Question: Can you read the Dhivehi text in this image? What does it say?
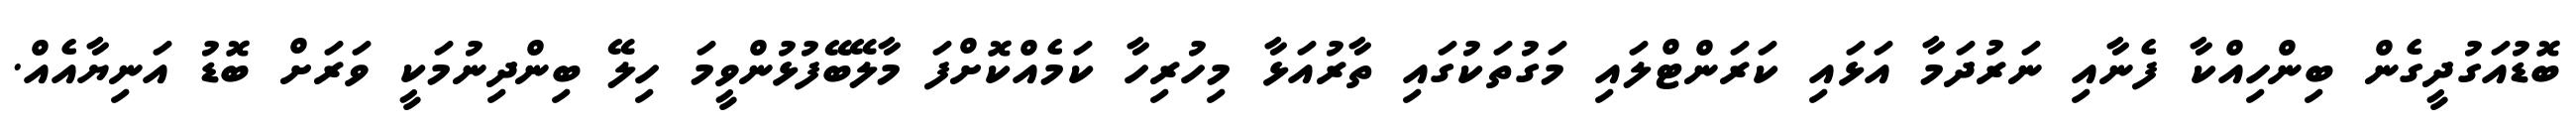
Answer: ބޮޑުއަގުދީގެން ބިންހިއްކާ ފެނާއި ނަރުދަމާ އަޅައި ކަރަންޓްލައި މަގުތަކުގައި ތާރުއަޅާ މިހުރިހާ ކަމެއްކޮށްފަ މާލޭބޭފުޅުންވީމަ ހިލޭ ބިންދިނުމަކީ ވަރަށް ބޮޑު އަނިޔާއެއް.